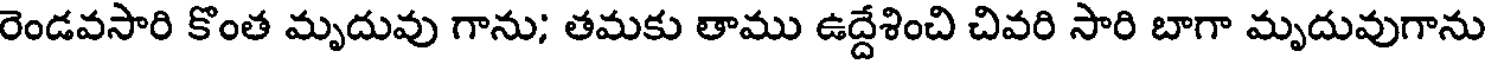
రెండవసారి కొంత మృదువు గాను; తమకు తాము ఉద్దేశించి చివరి సారి బాగా మృదువుగాను